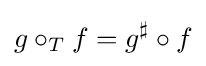
g\circ _{T}f=g^{\sharp }\circ f